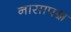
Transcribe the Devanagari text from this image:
नासापक्ष